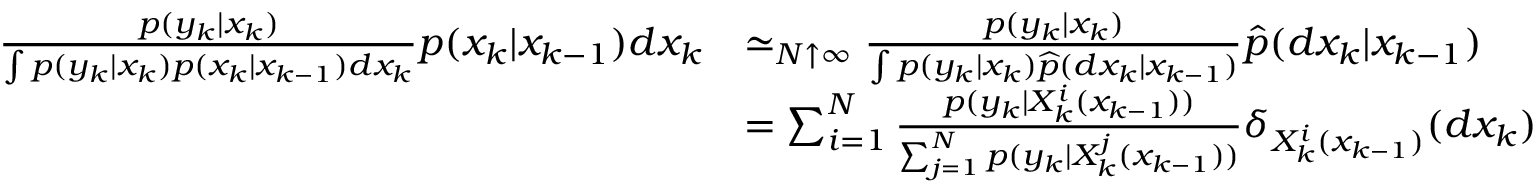
{ \begin{array} { r l } { { \frac { p ( y _ { k } | x _ { k } ) } { \int p ( y _ { k } | x _ { k } ) p ( x _ { k } | x _ { k - 1 } ) d x _ { k } } } p ( x _ { k } | x _ { k - 1 } ) d x _ { k } } & { \simeq _ { N \uparrow \infty } { \frac { p ( y _ { k } | x _ { k } ) } { \int p ( y _ { k } | x _ { k } ) { \widehat { p } } ( d x _ { k } | x _ { k - 1 } ) } } { \widehat { p } } ( d x _ { k } | x _ { k - 1 } ) } \\ & { = \sum _ { i = 1 } ^ { N } { \frac { p ( y _ { k } | X _ { k } ^ { i } ( x _ { k - 1 } ) ) } { \sum _ { j = 1 } ^ { N } p ( y _ { k } | X _ { k } ^ { j } ( x _ { k - 1 } ) ) } } \delta _ { X _ { k } ^ { i } ( x _ { k - 1 } ) } ( d x _ { k } ) } \end{array} }